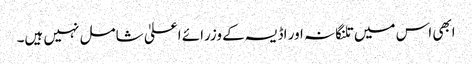
ابھی اس میں تلنگانہ اور اڈیسہ کے وزرائے اعلیٰ شامل نہیں ہیں۔